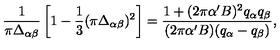
{ \frac { 1 } { \pi \Delta _ { \alpha \beta } } } \left[ 1 - { \frac { 1 } { 3 } } ( \pi \Delta _ { \alpha \beta } ) ^ { 2 } \right] = { \frac { 1 + ( 2 \pi \alpha ^ { \prime } B ) ^ { 2 } q _ { \alpha } q _ { \beta } } { ( 2 \pi \alpha ^ { \prime } B ) ( q _ { \alpha } - q _ { \beta } ) } } ,